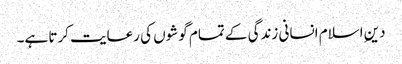
دین ِاسلام انسانی زندگی کے تمام گوشوں کی رعایت کرتا ہے۔